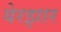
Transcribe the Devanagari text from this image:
येरझार